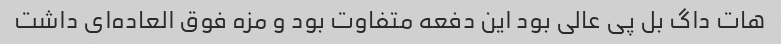
هات داگ بل پی عالی بود این دفعه متفاوت بود و مزه فوق العاده‌ای داشت